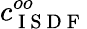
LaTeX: c_{\mathrm{~I~S~D~F~}}^{oo}